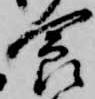
食